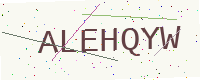
Text: ALEHQYW